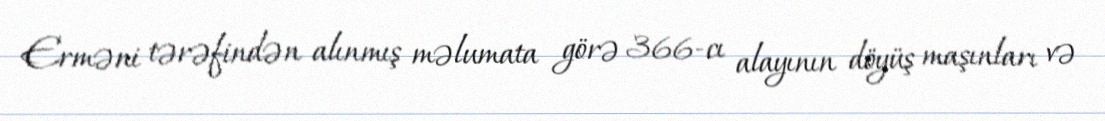
Erməni tərəfindən alınmış məlumata görə 366-cı alayının döyüş maşınları və